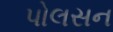
પોલસન